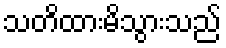
သတိထားမိသွားသည်